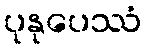
ပုနုပေဿံ